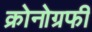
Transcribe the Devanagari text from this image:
क्रोनोग्रफी